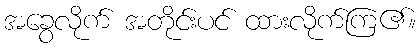
အခွေလိုက် အတိုင်းပင် ထားလိုက်ကြ၏။